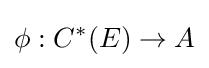
\phi :C^{*}(E)\to A